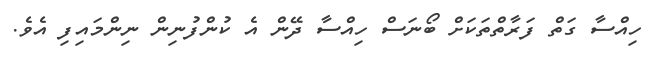
ހިއްސާ ގަތް ފަރާތްތަކަށް ބޯނަސް ހިއްސާ ދޭން އެ ކުންފުނިން ނިންމައިފި އެވެ.